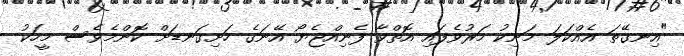
"އިނގޭތަ އެއްކަލަ މަނިކު މަރުވެފައި އޮތްވާ ފެނިއްޖެޔޯ އޭނަގެ ހަށިގަނޑަށް ކޮންމެވެސް މީހަކު